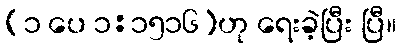
(၁ ပေ ၁:၁၅၁၆)ဟု ရေးခဲ့ပြီး ပြီ။